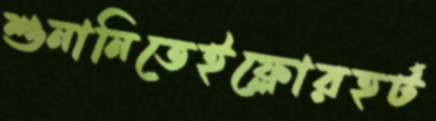
শুনানিতেইফ্লোরহর্ট